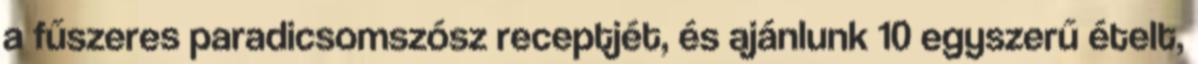
a fűszeres paradicsomszósz receptjét, és ajánlunk 10 egyszerű ételt,